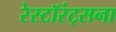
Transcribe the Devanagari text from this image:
रेस्टॉरंट्सना